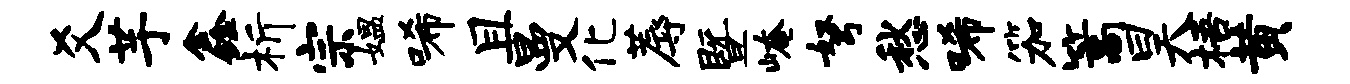
爻芋鑫析宗媪唏且曼化蓐暨崦弩愁唏笳篙昊梧黄